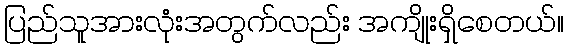
ပြည်သူအားလုံးအတွက်လည်း အကျိုးရှိစေတယ်။